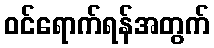
ဝင်ရောက်ရန်အတွက်